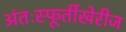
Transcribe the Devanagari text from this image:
अंतःस्फूर्तीखेरीज